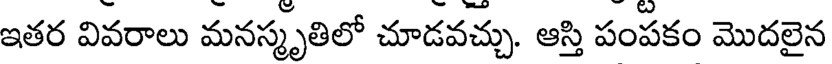
ఇతర వివరాలు మనస్మృతిలో చూడవచ్చు. ఆస్తి పంపకం మొదలైన